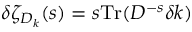
\delta \zeta _ { D _ { k } } ( s ) = s \mathrm { T r } ( D ^ { - s } \delta k )